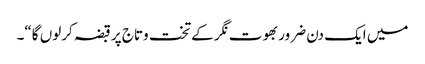
میں ایک دن ضرور بھوت نگر کے تخت وتاج پر قبضہ کرلوں گا“۔